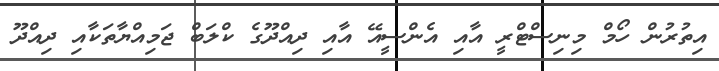
އިތުރުން ހޯމް މިނިސްޓްރީ އާއި އެންސީއޭ އާއި ދިއްދޫގެ ކްލަބް ޖަމިއްޔާތަކާއި ދިއްދޫ